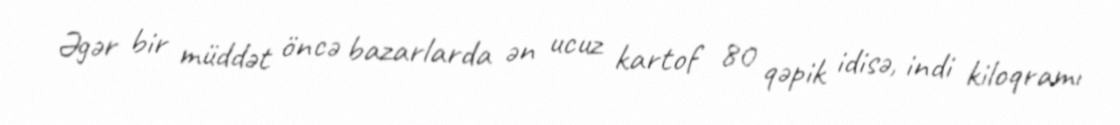
Əgər bir müddət öncə bazarlarda ən ucuz kartof 80 qəpik idisə, indi kiloqramı